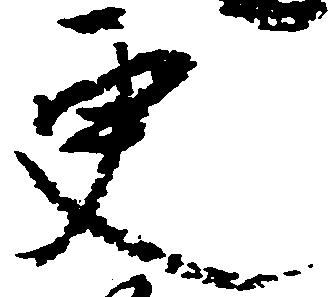
更